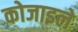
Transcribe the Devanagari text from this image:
कोजाइले